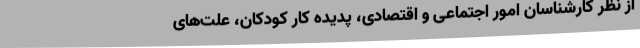
از نظر کارشناسان امور اجتماعی و اقتصادی، پدیده کار کودکان، علت‌های